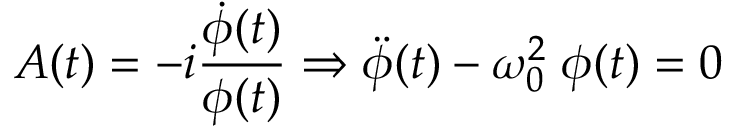
A ( t ) = - i \frac { \dot { \phi } ( t ) } { \phi ( t ) } \Rightarrow \ddot { \phi } ( t ) - \omega _ { 0 } ^ { 2 } \; \phi ( t ) = 0